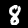
Digit: 8